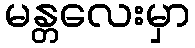
မန္တလေးမှာ